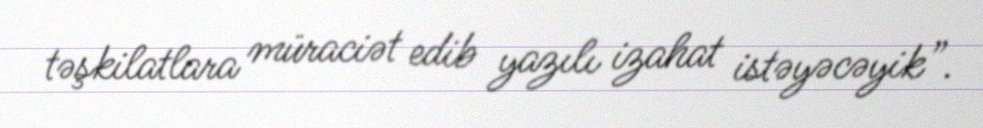
təşkilatlara müraciət edib yazılı izahat istəyəcəyik”.